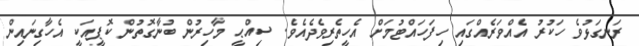
ރަނގަޅުވެ ހަކުރު އެއްވަރެއްގައި ހިފަހައްޓުމަށް އެހީތެރިވެދެއެވެ. ސިއްޙީ މާހިރުން ބުނާގޮތުން ކޮޕީއަކީ އެހާގިނައިން